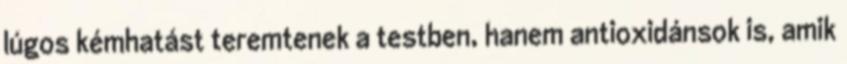
lúgos kémhatást teremtenek a testben, hanem antioxidánsok is, amik